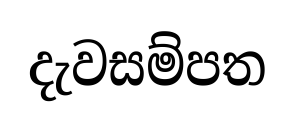
දැවසම්පත